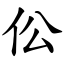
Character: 伀